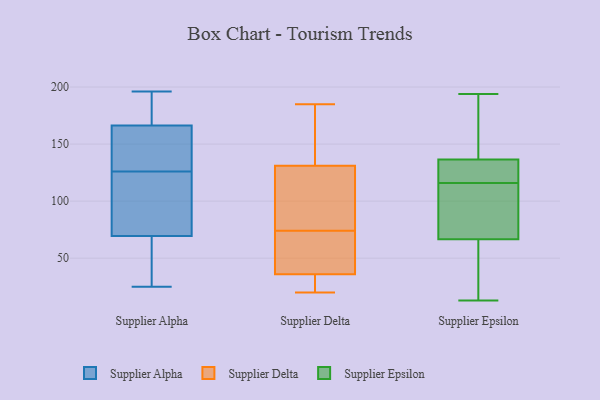
{"axis": {"x": "Budget (USD K)", "y": "Value"}, "legend": ["Supplier Alpha", "Supplier Delta", "Supplier Epsilon"], "data": [{"x": "", "y": 126, "type": "Supplier Alpha"}, {"x": "", "y": 114, "type": "Supplier Alpha"}, {"x": "", "y": 164, "type": "Supplier Alpha"}, {"x": "", "y": 173, "type": "Supplier Alpha"}, {"x": "", "y": 65, "type": "Supplier Alpha"}, {"x": "", "y": 147, "type": "Supplier Alpha"}, {"x": "", "y": 186, "type": "Supplier Alpha"}, {"x": "", "y": 86, "type": "Supplier Alpha"}, {"x": "", "y": 175, "type": "Supplier Alpha"}, {"x": "", "y": 71, "type": "Supplier Alpha"}, {"x": "", "y": 25, "type": "Supplier Alpha"}, {"x": "", "y": 56, "type": "Supplier Alpha"}, {"x": "", "y": 196, "type": "Supplier Alpha"}, {"x": "", "y": 84, "type": "Supplier Alpha"}, {"x": "", "y": 134, "type": "Supplier Alpha"}, {"x": "", "y": 41, "type": "Supplier Alpha"}, {"x": "", "y": 139, "type": "Supplier Alpha"}, {"x": "", "y": 74, "type": "Supplier Delta"}, {"x": "", "y": 93, "type": "Supplier Delta"}, {"x": "", "y": 55, "type": "Supplier Delta"}, {"x": "", "y": 31, "type": "Supplier Delta"}, {"x": "", "y": 36, "type": "Supplier Delta"}, {"x": "", "y": 22, "type": "Supplier Delta"}, {"x": "", "y": 36, "type": "Supplier Delta"}, {"x": "", "y": 142, "type": "Supplier Delta"}, {"x": "", "y": 185, "type": "Supplier Delta"}, {"x": "", "y": 20, "type": "Supplier Delta"}, {"x": "", "y": 110, "type": "Supplier Delta"}, {"x": "", "y": 47, "type": "Supplier Delta"}, {"x": "", "y": 73, "type": "Supplier Delta"}, {"x": "", "y": 178, "type": "Supplier Delta"}, {"x": "", "y": 26, "type": "Supplier Delta"}, {"x": "", "y": 95, "type": "Supplier Delta"}, {"x": "", "y": 138, "type": "Supplier Delta"}, {"x": "", "y": 86, "type": "Supplier Delta"}, {"x": "", "y": 172, "type": "Supplier Delta"}, {"x": "", "y": 25, "type": "Supplier Epsilon"}, {"x": "", "y": 74, "type": "Supplier Epsilon"}, {"x": "", "y": 194, "type": "Supplier Epsilon"}, {"x": "", "y": 154, "type": "Supplier Epsilon"}, {"x": "", "y": 133, "type": "Supplier Epsilon"}, {"x": "", "y": 113, "type": "Supplier Epsilon"}, {"x": "", "y": 108, "type": "Supplier Epsilon"}, {"x": "", "y": 152, "type": "Supplier Epsilon"}, {"x": "", "y": 124, "type": "Supplier Epsilon"}, {"x": "", "y": 119, "type": "Supplier Epsilon"}, {"x": "", "y": 125, "type": "Supplier Epsilon"}, {"x": "", "y": 13, "type": "Supplier Epsilon"}, {"x": "", "y": 22, "type": "Supplier Epsilon"}, {"x": "", "y": 71, "type": "Supplier Epsilon"}, {"x": "", "y": 47, "type": "Supplier Epsilon"}, {"x": "", "y": 122, "type": "Supplier Epsilon"}, {"x": "", "y": 91, "type": "Supplier Epsilon"}, {"x": "", "y": 140, "type": "Supplier Epsilon"}, {"x": "", "y": 62, "type": "Supplier Epsilon"}, {"x": "", "y": 192, "type": "Supplier Epsilon"}]}